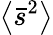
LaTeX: \left\langle\bar{s}^{2}\right\rangle